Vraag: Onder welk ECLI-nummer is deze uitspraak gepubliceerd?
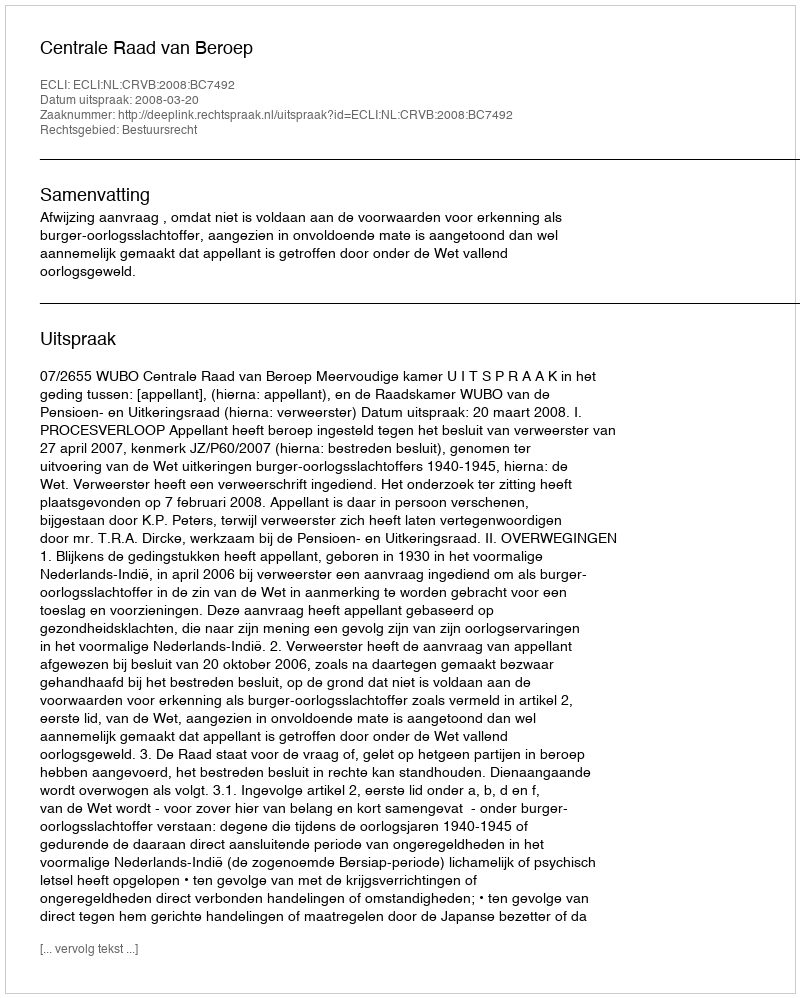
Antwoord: ECLI:NL:CRVB:2008:BC7492